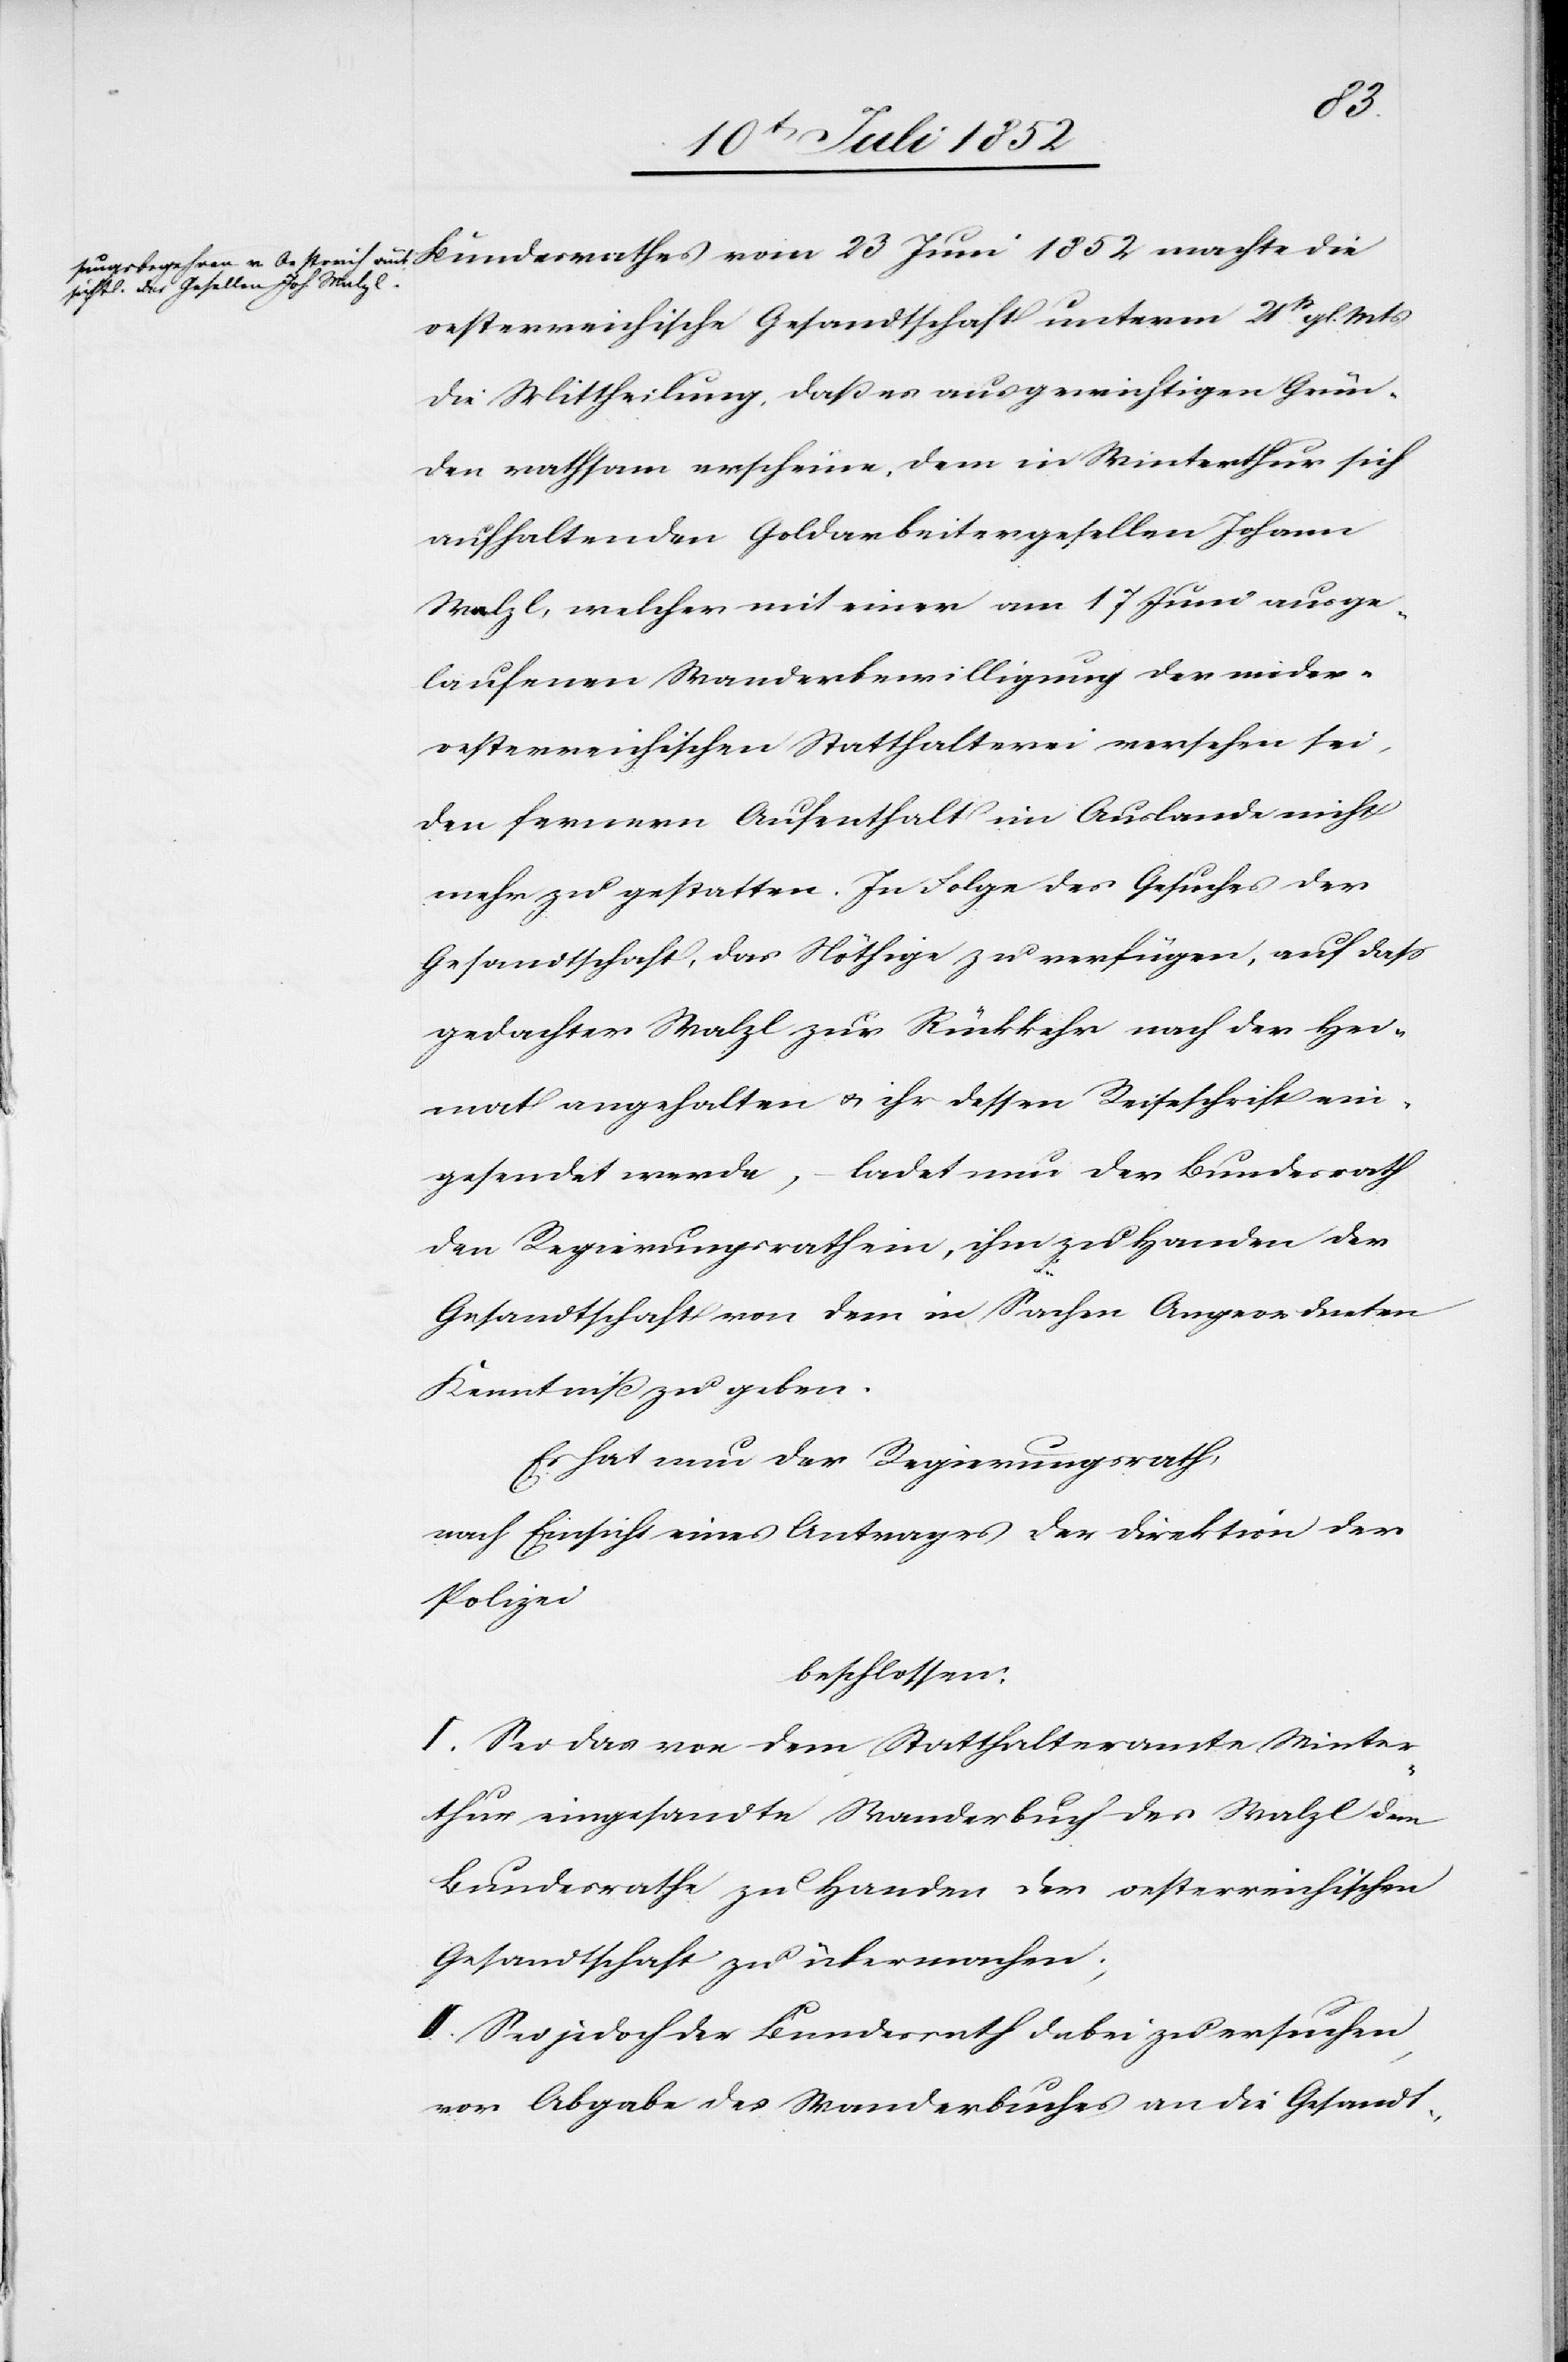
Bundesrathes vom 23 Juni 1852 machte die
oesterreichische Gesandtschaft unterm 21st. gl. Mts
die Mittheilung, daß es aus gewichtigen Grün¬
den rathsam erscheine, dem in Winterthur sich
aufhaltenden Goldarbeitergesellen Johann
Walzl, welcher mit einer am 17 Juni ausge¬
laufenen Wanderbewilligung der nieder¬
oesterreichischen Statthalterei versehen sei,
den fernern Aufenthalt im Auslande nicht
mehr zu gestatten. In Folge des Gesuches der
Gesandtschaft, das Nöthige zu verfügen, auf dass
gedachter Walzl zur Rückkehr nach der Hei¬
mat angehalten & ihr dessen Reiseschrift ein¬
gesendet werde, – ladet nun der Bundesrath
den Regierungsrath ein, ihm zu Handen der
Gesandtschaft von dem in Sachen Angeordneten
Kenntniß zu geben.
Es hat nun der Regierungsrath,
nach Einsicht eines Antrages der Direktion der
Polizei
beschlossen:
I. Sei das von dem Statthalteramte Winter¬
thur eingesandte Wanderbuch des Walzl dem
Bundesrathe zu Handen der oesterreichischen
Gesandtschaft zu übermachen;
II. Sei jedoch der Bundesrath dabei zu ersuchen,
vor Abgabe des Wanderbuches an die Gesandt-